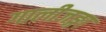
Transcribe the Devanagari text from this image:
गालीजङ्गा